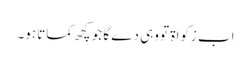
اب زکواۃ تو وہی دے گا جو کچھ کماتا ہو۔